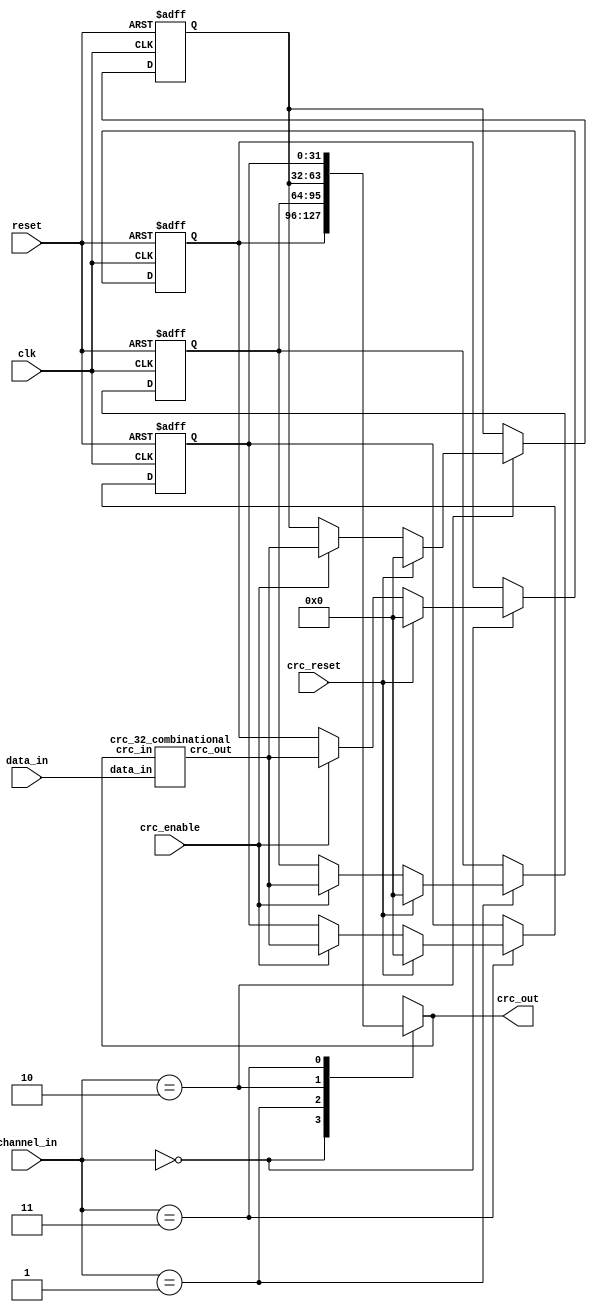

/**********************************************************************
**    
**	Copyright (C) 2014-2017  Alireza Monemi
**    
**	This file is part of ProNoC 
**
**	ProNoC ( stands for Prototype Network-on-chip)  is free software: 
**	you can redistribute it and/or modify it under the terms of the GNU
**	Lesser General Public License as published by the Free Software Foundation,
**	either version 2 of the License, or (at your option) any later version.
**
** 	ProNoC is distributed in the hope that it will be useful, but WITHOUT
** 	ANY WARRANTY; without even the implied warranty of MERCHANTABILITY
** 	or FITNESS FOR A PARTICULAR PURPOSE.  See the GNU Lesser General
** 	Public License for more details.
**
** 	You should have received a copy of the GNU Lesser General Public
** 	License along with ProNoC. If not, see <http:**www.gnu.org/licenses/>.
**
**
**	Description: CRC32 generator 
**	
**
*******************************************************************/





// synthesis translate_off
`timescale 1ns / 1ps
// synthesis translate_on



module crc_32_multi_channel #(
    parameter CHANNEL=4

)(
    reset,
    clk,
    channel_in,
    crc_reset,
    crc_enable,
    data_in,
    crc_out 
   
 );
 
   function integer log2;
      input integer number; begin   
         log2=(number <=1) ? 1: 0;    
         while(2**log2<number) begin    
            log2=log2+1;    
         end       
      end   
    endfunction // log2 

 localparam CHw=log2(CHANNEL);

    input  reset, clk, crc_reset, crc_enable;
    input  [CHw-1   :   0] channel_in;
    input  [31  :   0] data_in;
    output [31  :   0] crc_out;
      
    
    wire [31:0] crc_in,crc_reg_next;
    assign crc_out = crc_in;
    
    
    

    
    
    
    
    crc_32_combinational crc_32_comb(
    	.data_in(data_in),
    	.crc_out(crc_reg_next),
    	.crc_in(crc_in)
    );
    
    reg [31 :   0]  crc_channel_reg [CHANNEL-1  :   0];
    
    
    assign crc_in = crc_channel_reg[channel_in];
    
    genvar i;
    generate
    for (i=0;i<CHANNEL; i=i+1)begin :lp
    always @(posedge clk or posedge reset) begin 
        if (reset ) begin 
            crc_channel_reg[i]<=0;
        end else begin 
            if(channel_in == i)begin 
                if(crc_reset)  crc_channel_reg[i]<=0;
                else if(crc_enable   )  crc_channel_reg[i]<=crc_reg_next;
            end
        end
    
    end
    end
    endgenerate
    
endmodule




//-----------------------------------------------------------------------------
// Copyright (C) 2009 OutputLogic.com 
// This source file may be used and distributed without restriction 
// provided that this copyright statement is not removed from the file 
// and that any derivative work contains the original copyright notice 
// and the associated disclaimer. 
// 
// THIS SOURCE FILE IS PROVIDED "AS IS" AND WITHOUT ANY EXPRESS 
// OR IMPLIED WARRANTIES, INCLUDING, WITHOUT LIMITATION, THE IMPLIED    
// WARRANTIES OF MERCHANTIBILITY AND FITNESS FOR A PARTICULAR PURPOSE. 
//-----------------------------------------------------------------------------
// CRC module for data[31:0] ,   crc[31:0]=1+x^1+x^2+x^4+x^5+x^7+x^8+x^10+x^11+x^12+x^16+x^22+x^23+x^26+x^32;
//-----------------------------------------------------------------------------
module crc_32_combinational(
    data_in,
    crc_out, 
    crc_in 
 );

    input [31:0] data_in;
    output reg [31:0] crc_out; 
    input [31:0] crc_in;

  
  always @(*) begin
    crc_out[0] = crc_in[0] ^ crc_in[6] ^ crc_in[9] ^ crc_in[10] ^ crc_in[12] ^ crc_in[16] ^ crc_in[24] ^ crc_in[25] ^ crc_in[26] ^ crc_in[28] ^ crc_in[29] ^ crc_in[30] ^ crc_in[31] ^ data_in[0] ^ data_in[6] ^ data_in[9] ^ data_in[10] ^ data_in[12] ^ data_in[16] ^ data_in[24] ^ data_in[25] ^ data_in[26] ^ data_in[28] ^ data_in[29] ^ data_in[30] ^ data_in[31];
    crc_out[1] = crc_in[0] ^ crc_in[1] ^ crc_in[6] ^ crc_in[7] ^ crc_in[9] ^ crc_in[11] ^ crc_in[12] ^ crc_in[13] ^ crc_in[16] ^ crc_in[17] ^ crc_in[24] ^ crc_in[27] ^ crc_in[28] ^ data_in[0] ^ data_in[1] ^ data_in[6] ^ data_in[7] ^ data_in[9] ^ data_in[11] ^ data_in[12] ^ data_in[13] ^ data_in[16] ^ data_in[17] ^ data_in[24] ^ data_in[27] ^ data_in[28];
    crc_out[2] = crc_in[0] ^ crc_in[1] ^ crc_in[2] ^ crc_in[6] ^ crc_in[7] ^ crc_in[8] ^ crc_in[9] ^ crc_in[13] ^ crc_in[14] ^ crc_in[16] ^ crc_in[17] ^ crc_in[18] ^ crc_in[24] ^ crc_in[26] ^ crc_in[30] ^ crc_in[31] ^ data_in[0] ^ data_in[1] ^ data_in[2] ^ data_in[6] ^ data_in[7] ^ data_in[8] ^ data_in[9] ^ data_in[13] ^ data_in[14] ^ data_in[16] ^ data_in[17] ^ data_in[18] ^ data_in[24] ^ data_in[26] ^ data_in[30] ^ data_in[31];
    crc_out[3] = crc_in[1] ^ crc_in[2] ^ crc_in[3] ^ crc_in[7] ^ crc_in[8] ^ crc_in[9] ^ crc_in[10] ^ crc_in[14] ^ crc_in[15] ^ crc_in[17] ^ crc_in[18] ^ crc_in[19] ^ crc_in[25] ^ crc_in[27] ^ crc_in[31] ^ data_in[1] ^ data_in[2] ^ data_in[3] ^ data_in[7] ^ data_in[8] ^ data_in[9] ^ data_in[10] ^ data_in[14] ^ data_in[15] ^ data_in[17] ^ data_in[18] ^ data_in[19] ^ data_in[25] ^ data_in[27] ^ data_in[31];
    crc_out[4] = crc_in[0] ^ crc_in[2] ^ crc_in[3] ^ crc_in[4] ^ crc_in[6] ^ crc_in[8] ^ crc_in[11] ^ crc_in[12] ^ crc_in[15] ^ crc_in[18] ^ crc_in[19] ^ crc_in[20] ^ crc_in[24] ^ crc_in[25] ^ crc_in[29] ^ crc_in[30] ^ crc_in[31] ^ data_in[0] ^ data_in[2] ^ data_in[3] ^ data_in[4] ^ data_in[6] ^ data_in[8] ^ data_in[11] ^ data_in[12] ^ data_in[15] ^ data_in[18] ^ data_in[19] ^ data_in[20] ^ data_in[24] ^ data_in[25] ^ data_in[29] ^ data_in[30] ^ data_in[31];
    crc_out[5] = crc_in[0] ^ crc_in[1] ^ crc_in[3] ^ crc_in[4] ^ crc_in[5] ^ crc_in[6] ^ crc_in[7] ^ crc_in[10] ^ crc_in[13] ^ crc_in[19] ^ crc_in[20] ^ crc_in[21] ^ crc_in[24] ^ crc_in[28] ^ crc_in[29] ^ data_in[0] ^ data_in[1] ^ data_in[3] ^ data_in[4] ^ data_in[5] ^ data_in[6] ^ data_in[7] ^ data_in[10] ^ data_in[13] ^ data_in[19] ^ data_in[20] ^ data_in[21] ^ data_in[24] ^ data_in[28] ^ data_in[29];
    crc_out[6] = crc_in[1] ^ crc_in[2] ^ crc_in[4] ^ crc_in[5] ^ crc_in[6] ^ crc_in[7] ^ crc_in[8] ^ crc_in[11] ^ crc_in[14] ^ crc_in[20] ^ crc_in[21] ^ crc_in[22] ^ crc_in[25] ^ crc_in[29] ^ crc_in[30] ^ data_in[1] ^ data_in[2] ^ data_in[4] ^ data_in[5] ^ data_in[6] ^ data_in[7] ^ data_in[8] ^ data_in[11] ^ data_in[14] ^ data_in[20] ^ data_in[21] ^ data_in[22] ^ data_in[25] ^ data_in[29] ^ data_in[30];
    crc_out[7] = crc_in[0] ^ crc_in[2] ^ crc_in[3] ^ crc_in[5] ^ crc_in[7] ^ crc_in[8] ^ crc_in[10] ^ crc_in[15] ^ crc_in[16] ^ crc_in[21] ^ crc_in[22] ^ crc_in[23] ^ crc_in[24] ^ crc_in[25] ^ crc_in[28] ^ crc_in[29] ^ data_in[0] ^ data_in[2] ^ data_in[3] ^ data_in[5] ^ data_in[7] ^ data_in[8] ^ data_in[10] ^ data_in[15] ^ data_in[16] ^ data_in[21] ^ data_in[22] ^ data_in[23] ^ data_in[24] ^ data_in[25] ^ data_in[28] ^ data_in[29];
    crc_out[8] = crc_in[0] ^ crc_in[1] ^ crc_in[3] ^ crc_in[4] ^ crc_in[8] ^ crc_in[10] ^ crc_in[11] ^ crc_in[12] ^ crc_in[17] ^ crc_in[22] ^ crc_in[23] ^ crc_in[28] ^ crc_in[31] ^ data_in[0] ^ data_in[1] ^ data_in[3] ^ data_in[4] ^ data_in[8] ^ data_in[10] ^ data_in[11] ^ data_in[12] ^ data_in[17] ^ data_in[22] ^ data_in[23] ^ data_in[28] ^ data_in[31];
    crc_out[9] = crc_in[1] ^ crc_in[2] ^ crc_in[4] ^ crc_in[5] ^ crc_in[9] ^ crc_in[11] ^ crc_in[12] ^ crc_in[13] ^ crc_in[18] ^ crc_in[23] ^ crc_in[24] ^ crc_in[29] ^ data_in[1] ^ data_in[2] ^ data_in[4] ^ data_in[5] ^ data_in[9] ^ data_in[11] ^ data_in[12] ^ data_in[13] ^ data_in[18] ^ data_in[23] ^ data_in[24] ^ data_in[29];
    crc_out[10] = crc_in[0] ^ crc_in[2] ^ crc_in[3] ^ crc_in[5] ^ crc_in[9] ^ crc_in[13] ^ crc_in[14] ^ crc_in[16] ^ crc_in[19] ^ crc_in[26] ^ crc_in[28] ^ crc_in[29] ^ crc_in[31] ^ data_in[0] ^ data_in[2] ^ data_in[3] ^ data_in[5] ^ data_in[9] ^ data_in[13] ^ data_in[14] ^ data_in[16] ^ data_in[19] ^ data_in[26] ^ data_in[28] ^ data_in[29] ^ data_in[31];
    crc_out[11] = crc_in[0] ^ crc_in[1] ^ crc_in[3] ^ crc_in[4] ^ crc_in[9] ^ crc_in[12] ^ crc_in[14] ^ crc_in[15] ^ crc_in[16] ^ crc_in[17] ^ crc_in[20] ^ crc_in[24] ^ crc_in[25] ^ crc_in[26] ^ crc_in[27] ^ crc_in[28] ^ crc_in[31] ^ data_in[0] ^ data_in[1] ^ data_in[3] ^ data_in[4] ^ data_in[9] ^ data_in[12] ^ data_in[14] ^ data_in[15] ^ data_in[16] ^ data_in[17] ^ data_in[20] ^ data_in[24] ^ data_in[25] ^ data_in[26] ^ data_in[27] ^ data_in[28] ^ data_in[31];
    crc_out[12] = crc_in[0] ^ crc_in[1] ^ crc_in[2] ^ crc_in[4] ^ crc_in[5] ^ crc_in[6] ^ crc_in[9] ^ crc_in[12] ^ crc_in[13] ^ crc_in[15] ^ crc_in[17] ^ crc_in[18] ^ crc_in[21] ^ crc_in[24] ^ crc_in[27] ^ crc_in[30] ^ crc_in[31] ^ data_in[0] ^ data_in[1] ^ data_in[2] ^ data_in[4] ^ data_in[5] ^ data_in[6] ^ data_in[9] ^ data_in[12] ^ data_in[13] ^ data_in[15] ^ data_in[17] ^ data_in[18] ^ data_in[21] ^ data_in[24] ^ data_in[27] ^ data_in[30] ^ data_in[31];
    crc_out[13] = crc_in[1] ^ crc_in[2] ^ crc_in[3] ^ crc_in[5] ^ crc_in[6] ^ crc_in[7] ^ crc_in[10] ^ crc_in[13] ^ crc_in[14] ^ crc_in[16] ^ crc_in[18] ^ crc_in[19] ^ crc_in[22] ^ crc_in[25] ^ crc_in[28] ^ crc_in[31] ^ data_in[1] ^ data_in[2] ^ data_in[3] ^ data_in[5] ^ data_in[6] ^ data_in[7] ^ data_in[10] ^ data_in[13] ^ data_in[14] ^ data_in[16] ^ data_in[18] ^ data_in[19] ^ data_in[22] ^ data_in[25] ^ data_in[28] ^ data_in[31];
    crc_out[14] = crc_in[2] ^ crc_in[3] ^ crc_in[4] ^ crc_in[6] ^ crc_in[7] ^ crc_in[8] ^ crc_in[11] ^ crc_in[14] ^ crc_in[15] ^ crc_in[17] ^ crc_in[19] ^ crc_in[20] ^ crc_in[23] ^ crc_in[26] ^ crc_in[29] ^ data_in[2] ^ data_in[3] ^ data_in[4] ^ data_in[6] ^ data_in[7] ^ data_in[8] ^ data_in[11] ^ data_in[14] ^ data_in[15] ^ data_in[17] ^ data_in[19] ^ data_in[20] ^ data_in[23] ^ data_in[26] ^ data_in[29];
    crc_out[15] = crc_in[3] ^ crc_in[4] ^ crc_in[5] ^ crc_in[7] ^ crc_in[8] ^ crc_in[9] ^ crc_in[12] ^ crc_in[15] ^ crc_in[16] ^ crc_in[18] ^ crc_in[20] ^ crc_in[21] ^ crc_in[24] ^ crc_in[27] ^ crc_in[30] ^ data_in[3] ^ data_in[4] ^ data_in[5] ^ data_in[7] ^ data_in[8] ^ data_in[9] ^ data_in[12] ^ data_in[15] ^ data_in[16] ^ data_in[18] ^ data_in[20] ^ data_in[21] ^ data_in[24] ^ data_in[27] ^ data_in[30];
    crc_out[16] = crc_in[0] ^ crc_in[4] ^ crc_in[5] ^ crc_in[8] ^ crc_in[12] ^ crc_in[13] ^ crc_in[17] ^ crc_in[19] ^ crc_in[21] ^ crc_in[22] ^ crc_in[24] ^ crc_in[26] ^ crc_in[29] ^ crc_in[30] ^ data_in[0] ^ data_in[4] ^ data_in[5] ^ data_in[8] ^ data_in[12] ^ data_in[13] ^ data_in[17] ^ data_in[19] ^ data_in[21] ^ data_in[22] ^ data_in[24] ^ data_in[26] ^ data_in[29] ^ data_in[30];
    crc_out[17] = crc_in[1] ^ crc_in[5] ^ crc_in[6] ^ crc_in[9] ^ crc_in[13] ^ crc_in[14] ^ crc_in[18] ^ crc_in[20] ^ crc_in[22] ^ crc_in[23] ^ crc_in[25] ^ crc_in[27] ^ crc_in[30] ^ crc_in[31] ^ data_in[1] ^ data_in[5] ^ data_in[6] ^ data_in[9] ^ data_in[13] ^ data_in[14] ^ data_in[18] ^ data_in[20] ^ data_in[22] ^ data_in[23] ^ data_in[25] ^ data_in[27] ^ data_in[30] ^ data_in[31];
    crc_out[18] = crc_in[2] ^ crc_in[6] ^ crc_in[7] ^ crc_in[10] ^ crc_in[14] ^ crc_in[15] ^ crc_in[19] ^ crc_in[21] ^ crc_in[23] ^ crc_in[24] ^ crc_in[26] ^ crc_in[28] ^ crc_in[31] ^ data_in[2] ^ data_in[6] ^ data_in[7] ^ data_in[10] ^ data_in[14] ^ data_in[15] ^ data_in[19] ^ data_in[21] ^ data_in[23] ^ data_in[24] ^ data_in[26] ^ data_in[28] ^ data_in[31];
    crc_out[19] = crc_in[3] ^ crc_in[7] ^ crc_in[8] ^ crc_in[11] ^ crc_in[15] ^ crc_in[16] ^ crc_in[20] ^ crc_in[22] ^ crc_in[24] ^ crc_in[25] ^ crc_in[27] ^ crc_in[29] ^ data_in[3] ^ data_in[7] ^ data_in[8] ^ data_in[11] ^ data_in[15] ^ data_in[16] ^ data_in[20] ^ data_in[22] ^ data_in[24] ^ data_in[25] ^ data_in[27] ^ data_in[29];
    crc_out[20] = crc_in[4] ^ crc_in[8] ^ crc_in[9] ^ crc_in[12] ^ crc_in[16] ^ crc_in[17] ^ crc_in[21] ^ crc_in[23] ^ crc_in[25] ^ crc_in[26] ^ crc_in[28] ^ crc_in[30] ^ data_in[4] ^ data_in[8] ^ data_in[9] ^ data_in[12] ^ data_in[16] ^ data_in[17] ^ data_in[21] ^ data_in[23] ^ data_in[25] ^ data_in[26] ^ data_in[28] ^ data_in[30];
    crc_out[21] = crc_in[5] ^ crc_in[9] ^ crc_in[10] ^ crc_in[13] ^ crc_in[17] ^ crc_in[18] ^ crc_in[22] ^ crc_in[24] ^ crc_in[26] ^ crc_in[27] ^ crc_in[29] ^ crc_in[31] ^ data_in[5] ^ data_in[9] ^ data_in[10] ^ data_in[13] ^ data_in[17] ^ data_in[18] ^ data_in[22] ^ data_in[24] ^ data_in[26] ^ data_in[27] ^ data_in[29] ^ data_in[31];
    crc_out[22] = crc_in[0] ^ crc_in[9] ^ crc_in[11] ^ crc_in[12] ^ crc_in[14] ^ crc_in[16] ^ crc_in[18] ^ crc_in[19] ^ crc_in[23] ^ crc_in[24] ^ crc_in[26] ^ crc_in[27] ^ crc_in[29] ^ crc_in[31] ^ data_in[0] ^ data_in[9] ^ data_in[11] ^ data_in[12] ^ data_in[14] ^ data_in[16] ^ data_in[18] ^ data_in[19] ^ data_in[23] ^ data_in[24] ^ data_in[26] ^ data_in[27] ^ data_in[29] ^ data_in[31];
    crc_out[23] = crc_in[0] ^ crc_in[1] ^ crc_in[6] ^ crc_in[9] ^ crc_in[13] ^ crc_in[15] ^ crc_in[16] ^ crc_in[17] ^ crc_in[19] ^ crc_in[20] ^ crc_in[26] ^ crc_in[27] ^ crc_in[29] ^ crc_in[31] ^ data_in[0] ^ data_in[1] ^ data_in[6] ^ data_in[9] ^ data_in[13] ^ data_in[15] ^ data_in[16] ^ data_in[17] ^ data_in[19] ^ data_in[20] ^ data_in[26] ^ data_in[27] ^ data_in[29] ^ data_in[31];
    crc_out[24] = crc_in[1] ^ crc_in[2] ^ crc_in[7] ^ crc_in[10] ^ crc_in[14] ^ crc_in[16] ^ crc_in[17] ^ crc_in[18] ^ crc_in[20] ^ crc_in[21] ^ crc_in[27] ^ crc_in[28] ^ crc_in[30] ^ data_in[1] ^ data_in[2] ^ data_in[7] ^ data_in[10] ^ data_in[14] ^ data_in[16] ^ data_in[17] ^ data_in[18] ^ data_in[20] ^ data_in[21] ^ data_in[27] ^ data_in[28] ^ data_in[30];
    crc_out[25] = crc_in[2] ^ crc_in[3] ^ crc_in[8] ^ crc_in[11] ^ crc_in[15] ^ crc_in[17] ^ crc_in[18] ^ crc_in[19] ^ crc_in[21] ^ crc_in[22] ^ crc_in[28] ^ crc_in[29] ^ crc_in[31] ^ data_in[2] ^ data_in[3] ^ data_in[8] ^ data_in[11] ^ data_in[15] ^ data_in[17] ^ data_in[18] ^ data_in[19] ^ data_in[21] ^ data_in[22] ^ data_in[28] ^ data_in[29] ^ data_in[31];
    crc_out[26] = crc_in[0] ^ crc_in[3] ^ crc_in[4] ^ crc_in[6] ^ crc_in[10] ^ crc_in[18] ^ crc_in[19] ^ crc_in[20] ^ crc_in[22] ^ crc_in[23] ^ crc_in[24] ^ crc_in[25] ^ crc_in[26] ^ crc_in[28] ^ crc_in[31] ^ data_in[0] ^ data_in[3] ^ data_in[4] ^ data_in[6] ^ data_in[10] ^ data_in[18] ^ data_in[19] ^ data_in[20] ^ data_in[22] ^ data_in[23] ^ data_in[24] ^ data_in[25] ^ data_in[26] ^ data_in[28] ^ data_in[31];
    crc_out[27] = crc_in[1] ^ crc_in[4] ^ crc_in[5] ^ crc_in[7] ^ crc_in[11] ^ crc_in[19] ^ crc_in[20] ^ crc_in[21] ^ crc_in[23] ^ crc_in[24] ^ crc_in[25] ^ crc_in[26] ^ crc_in[27] ^ crc_in[29] ^ data_in[1] ^ data_in[4] ^ data_in[5] ^ data_in[7] ^ data_in[11] ^ data_in[19] ^ data_in[20] ^ data_in[21] ^ data_in[23] ^ data_in[24] ^ data_in[25] ^ data_in[26] ^ data_in[27] ^ data_in[29];
    crc_out[28] = crc_in[2] ^ crc_in[5] ^ crc_in[6] ^ crc_in[8] ^ crc_in[12] ^ crc_in[20] ^ crc_in[21] ^ crc_in[22] ^ crc_in[24] ^ crc_in[25] ^ crc_in[26] ^ crc_in[27] ^ crc_in[28] ^ crc_in[30] ^ data_in[2] ^ data_in[5] ^ data_in[6] ^ data_in[8] ^ data_in[12] ^ data_in[20] ^ data_in[21] ^ data_in[22] ^ data_in[24] ^ data_in[25] ^ data_in[26] ^ data_in[27] ^ data_in[28] ^ data_in[30];
    crc_out[29] = crc_in[3] ^ crc_in[6] ^ crc_in[7] ^ crc_in[9] ^ crc_in[13] ^ crc_in[21] ^ crc_in[22] ^ crc_in[23] ^ crc_in[25] ^ crc_in[26] ^ crc_in[27] ^ crc_in[28] ^ crc_in[29] ^ crc_in[31] ^ data_in[3] ^ data_in[6] ^ data_in[7] ^ data_in[9] ^ data_in[13] ^ data_in[21] ^ data_in[22] ^ data_in[23] ^ data_in[25] ^ data_in[26] ^ data_in[27] ^ data_in[28] ^ data_in[29] ^ data_in[31];
    crc_out[30] = crc_in[4] ^ crc_in[7] ^ crc_in[8] ^ crc_in[10] ^ crc_in[14] ^ crc_in[22] ^ crc_in[23] ^ crc_in[24] ^ crc_in[26] ^ crc_in[27] ^ crc_in[28] ^ crc_in[29] ^ crc_in[30] ^ data_in[4] ^ data_in[7] ^ data_in[8] ^ data_in[10] ^ data_in[14] ^ data_in[22] ^ data_in[23] ^ data_in[24] ^ data_in[26] ^ data_in[27] ^ data_in[28] ^ data_in[29] ^ data_in[30];
    crc_out[31] = crc_in[5] ^ crc_in[8] ^ crc_in[9] ^ crc_in[11] ^ crc_in[15] ^ crc_in[23] ^ crc_in[24] ^ crc_in[25] ^ crc_in[27] ^ crc_in[28] ^ crc_in[29] ^ crc_in[30] ^ crc_in[31] ^ data_in[5] ^ data_in[8] ^ data_in[9] ^ data_in[11] ^ data_in[15] ^ data_in[23] ^ data_in[24] ^ data_in[25] ^ data_in[27] ^ data_in[28] ^ data_in[29] ^ data_in[30] ^ data_in[31];

  end // always



endmodule